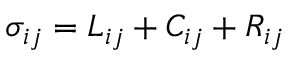
\sigma _ { i j } = L _ { i j } + C _ { i j } + R _ { i j }